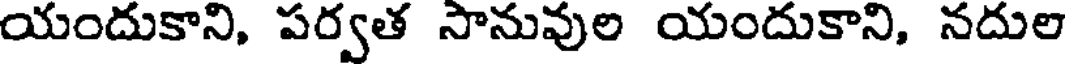
యందుకాని, పర్వత సానువుల యందుకాని, నదుల